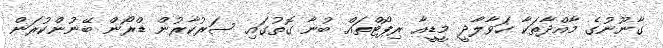
ގާނޫނުގެ މާއްދާތަކާ ހަވާލާދީ މީޑީއާ ރިޕޯޓްތައް ބުނާ ގޮތުގައި ސަރުކާރުން ޑްރޯން ބޭނުންކުރަން